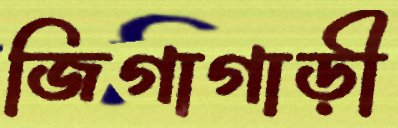
জিগাগাড়ী